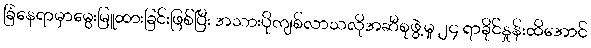
ခြံနေရာမှာမွေးမြူထားခြင်းဖြစ်ပြီး အသားပိုကျစ်လာသလိုအဆီစုဖွဲ့မှု ၂၄ ရာခိုင်နှုန်းထိအောင်